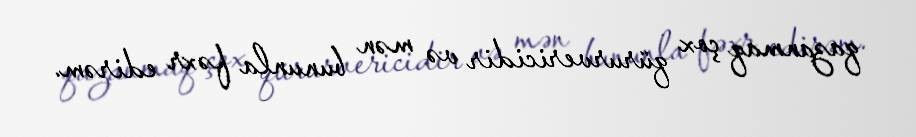
qazanmaq çox qürurvericidir və mən bununla fəxr edirəm.